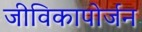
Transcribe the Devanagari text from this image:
जीविकापोर्जन